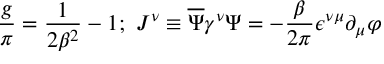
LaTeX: \frac { g } { \pi } = \frac { 1 } { 2 \beta ^ { 2 } } - 1 ; \ J ^ { \nu } \equiv \overline { { { \Psi } } } \gamma ^ { \nu } \Psi = - \frac { \beta } { 2 \pi } \epsilon ^ { \nu \mu } \partial _ { \mu } \varphi